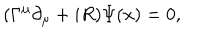
( \Gamma ^ { \mu } \partial _ { \mu } + i R ) \Psi ( x ) = 0 ,